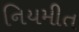
નિયમીત